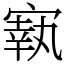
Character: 㝪